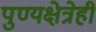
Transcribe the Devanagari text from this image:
पुण्यक्षेत्रेही